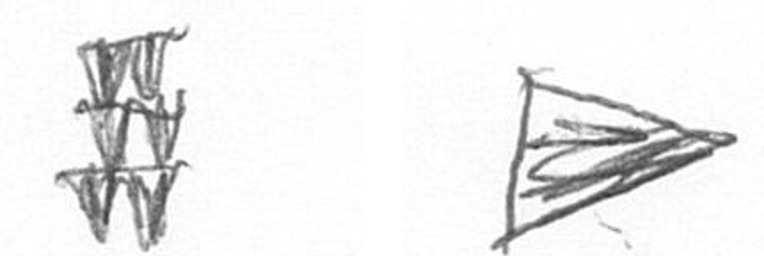
Y T